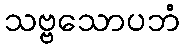
သဗ္ဗသောပဘံ